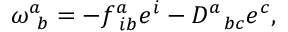
\omega _ { \ b } ^ { a } = - f _ { \ i b } ^ { a } e ^ { i } - D _ { \ \ b c } ^ { a } e ^ { c } ,